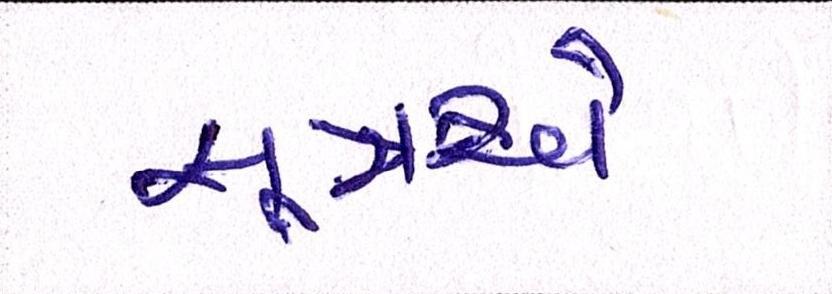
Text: સૂત્રએ